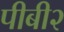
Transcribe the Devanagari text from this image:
पीबी२